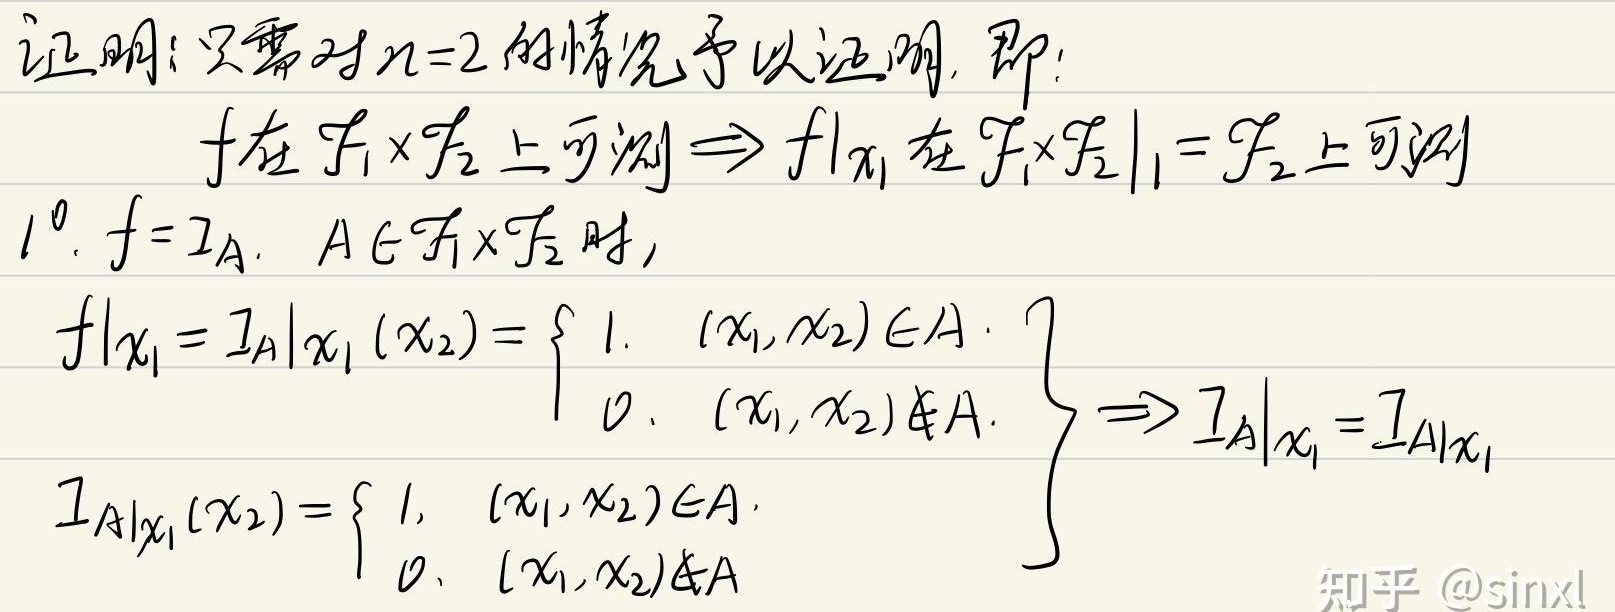
证明：只需对\(n = 2\)的情况予以证明，即：
\(f\)在\(\mathcal{F}_{1}\times\mathcal{F}_{2}\)上可测\(\Rightarrow f|_{x_{1}}\)在\(\mathcal{F}_{1}\times\mathcal{F}_{2}|_{1}=\mathcal{F}_{2}\)上可测
\(1^{0}.\ f = I_{A}.\ A\in\mathcal{F}_{1}\times\mathcal{F}_{2}\)时，
\(f|_{x_{1}}=I_{A}|_{x_{1}}(x_{2})=\left\{\begin{array}{ll}
1, & (x_{1},x_{2})\in A \\
0, & (x_{1},x_{2})\notin A
\end{array}\right\}\Rightarrow I_{A}|_{x_{1}} = I_{A|x_{1}}\)
\(I_{A|x_{1}}(x_{2})=\left\{\begin{array}{ll}
1, & (x_{1},x_{2})\in A \\
0, & (x_{1},x_{2})\notin A
\end{array}\right\}\)